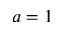
a = 1